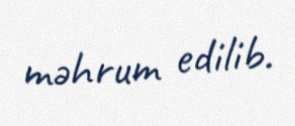
məhrum edilib.